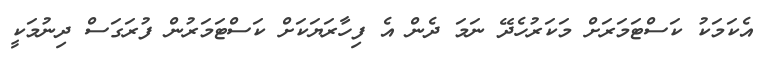
އެކަމަކު ކަސްޓަމަރަށް މަކަރުހެދޭ ނަމަ ދެން އެ ފިހާރަޔަކަށް ކަސްޓަމަރުން ފުރަގަސް ދިނުމަކީ